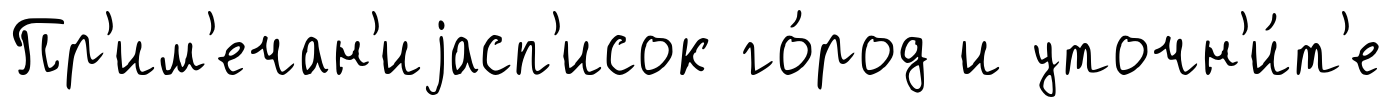
Пр'им'ечан'иjасп'исок го́род и уточн'и́т'е